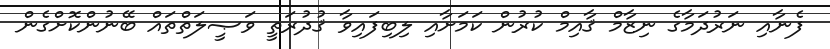
ފެނާއި ނަރުދަމާގެ ނިޒާމް ޤާއިމް ކުރުން ކަމަށާއި ލިބިފައިވާ ޤުދުރަތީ ވަޞީލަތްތައް ބޭނުންކޮށްގެން